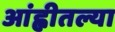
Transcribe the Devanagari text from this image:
आंह्वीतल्या